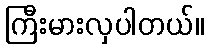
ကြီးမားလှပါတယ်။